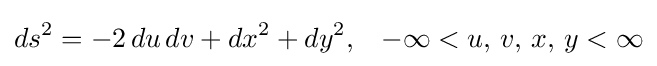
ds^{2}=-2\,du\,dv+dx^{2}+dy^{2},\;\;\;-\infty <u,\,v,\,x,\,y<\infty